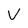
Character: V